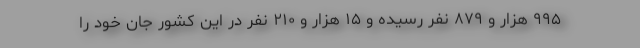
۹۹۵ هزار و ۸۷۹ نفر رسیده و ۱۵ هزار و ۲۱۰ نفر در این کشور جان خود را